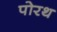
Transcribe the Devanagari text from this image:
पोरथ